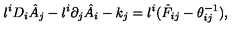
l ^ { i } D _ { i } \hat { A } _ { j } - l ^ { i } \partial _ { j } \hat { A } _ { i } - k _ { j } = l ^ { i } ( \hat { F } _ { i j } - \theta _ { i j } ^ { - 1 } ) ,